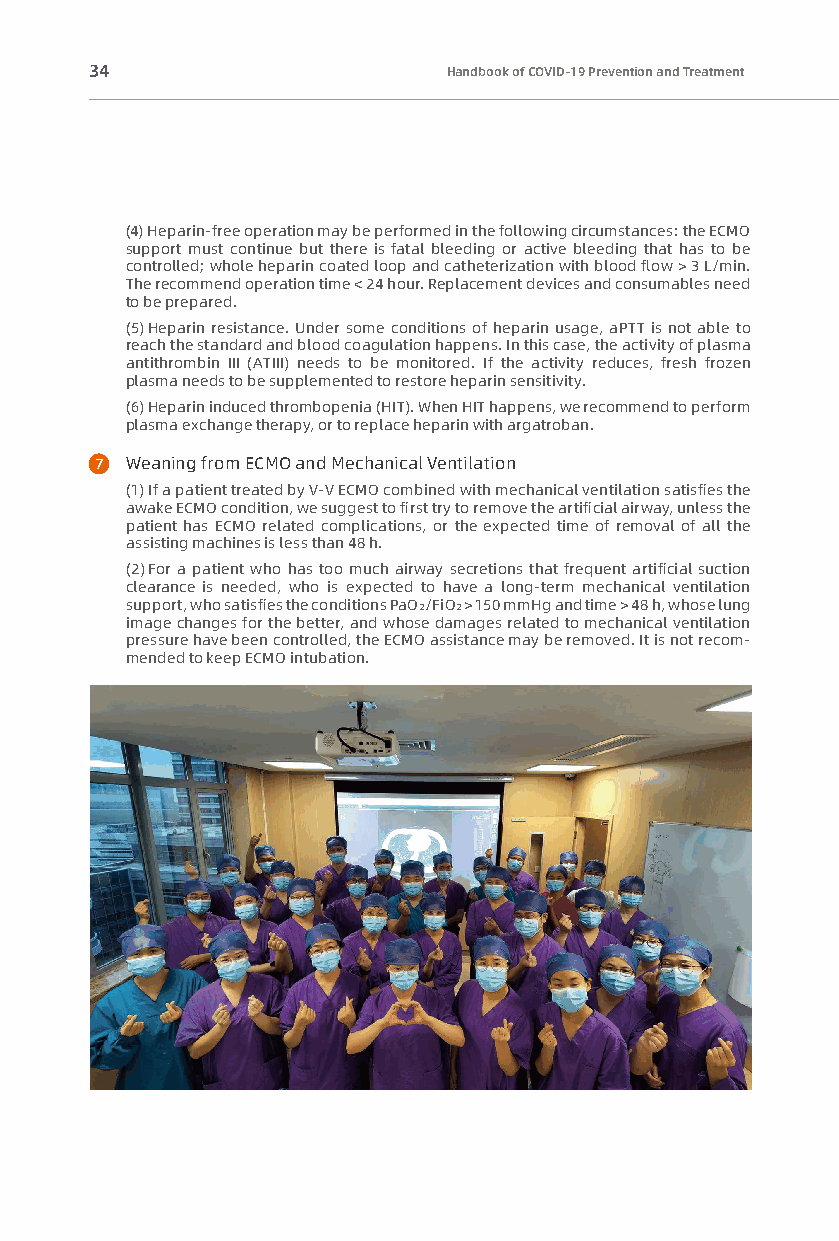
34                      Handbook of COVID-19 Prevention and Treatment
 (4) Heparin-free operation may be performed in the following circumstances: the ECMO
 support must continue but there is fatal bleeding or active bleeding that has to be
 controlled; whole heparin coated loop and catheterization with blood flow > 3 L/min.
 The recommend operation time < 24 hour. Replacement devices and consumables need
 to be prepared.
 (5) Heparin resistance. Under some conditions of heparin usage, aPTT is not able to
 reach the standard and blood coagulation happens. In this case, the activity of plasma
 antithrombin III (ATIII) needs to be monitored. If the activity reduces, fresh frozen
 plasma needs to be supplemented to restore heparin sensitivity.
 (6) Heparin induced thrombopenia (HIT). When HIT happens, we recommend to perform
 plasma exchange therapy, or to replace heparin with argatroban.
 7 Weaning from ECMO and Mechanical Ventilation
 (1) If a patient treated by V-V ECMO combined with mechanical ventilation satisfies the
 awake ECMO condition, we suggest to first try to remove the artificial airway, unless the
 patient has ECMO related complications, or the expected time of removal of all the
 assisting machines is less than 48 h.
 (2) For a patient who has too much airway secretions that frequent artificial suction
 clearance is needed, who is expected to have a long-term mechanical ventilation
 support, who satisfies the conditions PaO2/FiO2 > 150 mmHg and time > 48 h, whose lung
 image changes for the better, and whose damages related to mechanical ventilation
 pressure have been controlled, the ECMO assistance may be removed. It is not recom-
 mended to keep ECMO intubation.